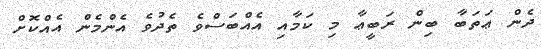
ދެން ޢަތަބާ ބިން ރަބީޢާ މި ކަމާއި އެއްބަސްވެ ތެދުވެ އެންމެން އެއްކޮށް